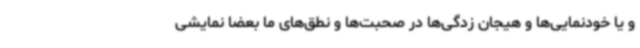
و یا خودنمایی‌ها و هیجان زدگی‌ها در صحبت‌ها و نطق‌های ما بعضا نمایشی